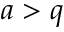
a > q